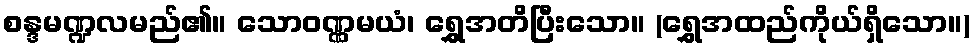
စန္ဒမဏ္ဍလမည်၏။ သောဝဏ္ဏမယံ၊ ရွှေအတိပြီးသော။ (ရွှေအထည်ကိုယ်ရှိသော။)